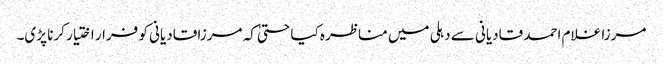
مرزا غلام احمد قادیانی سے دہلی میں مناظرہ کیا حتیٰ کہ مرزا قادیانی کو فرار اختیار کرنا پڑی۔